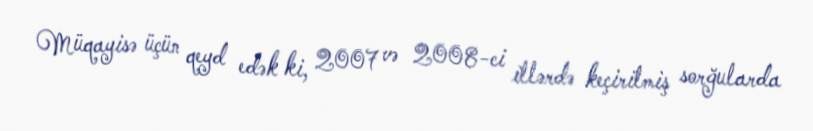
Müqayisə üçün qeyd edək ki, 2007 və 2008-ci illərdə keçirilmiş sorğularda